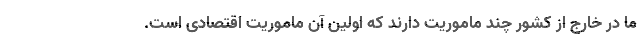
ما در خارج از کشور چند ماموریت دارند که اولین آن ماموریت اقتصادی است.